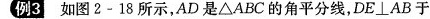
例3如图2-18所示，AD是ΔABC的角平分线，$$D E \bot A B$$于